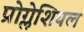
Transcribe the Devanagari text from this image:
प्रोग्लेशियल